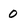
Character: 0